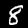
Label: 8